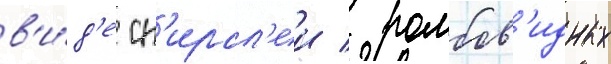
в'и́д'е сп'ирал'еи / ромбов'идных